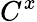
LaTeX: C^{x}